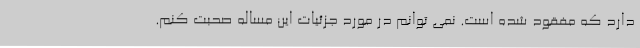
دارد که مفقود شده است. نمی توانم در مورد جزئیات این مساله صحبت کنم.